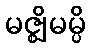
မဇ္ဈိမမ္ပိ